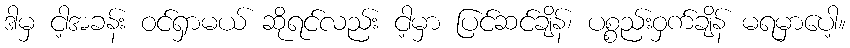
ဒါမှ ငါ့အခန်း ဝင်ရှာမယ် ဆိုရင်လည်း ငါ့မှာ ပြင်ဆင်ချိန်၊ ပစ္စည်းဝှက်ချိန် မရမှာပေါ့။